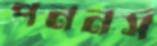
পননর্স